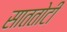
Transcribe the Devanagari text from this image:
साततोटी